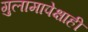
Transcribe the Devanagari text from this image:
गुलामापेक्षाही